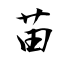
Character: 苗